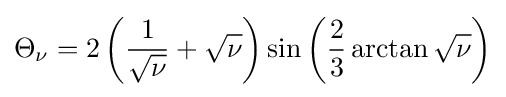
\Theta _{\nu }=2\left({\frac {1}{\sqrt {\nu }}}+{\sqrt {\nu }}\right)\sin \left({\frac {2}{3}}\arctan {\sqrt {\nu }}\right)